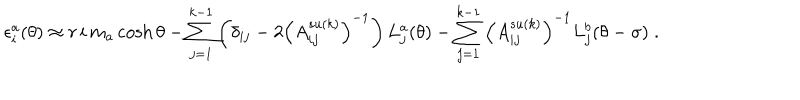
LaTeX: \epsilon _ { i } ^ { a } ( \theta ) \approx r \, i \, m _ { a } \cosh \theta - \sum _ { j = 1 } ^ { k - 1 } \left( \delta _ { i j } - 2 \left( A _ { i j } ^ { s u ( k ) } \right) ^ { - 1 } \right) L _ { j } ^ { a } ( \theta ) - \sum _ { j = 1 } ^ { k - 1 } \left( A _ { i j } ^ { s u ( k ) } \right) ^ { - 1 } L _ { j } ^ { b } ( \theta - \sigma ) \; .